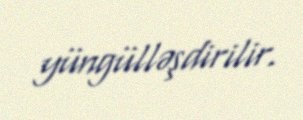
yüngülləşdirilir.